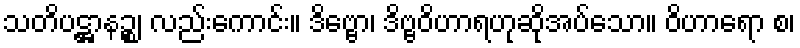
သတိပဋ္ဌာနဉ္စ၊ လည်းကောင်း။ ဒိဗ္ဗော၊ ဒိဗ္ဗဝိဟာရဟုဆိုအပ်သော။ ဝိဟာရော စ၊